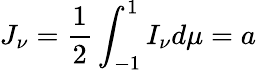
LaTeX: J_{\nu}={\frac{1}{2}}\int_{-1}^{1}I_{\nu}d\mu=a